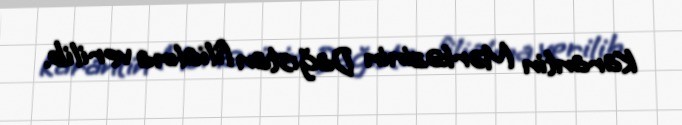
Karantin Mərkəzinin Dağıstan filialına verilib.